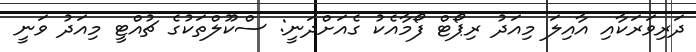
ދަރިވަރަކާއި އާއިލަ މިއަދު ރިޕޯޓް ފޯމާއެކު ގެއަށްދަނީ: ސްކޫލްތަކުގެ ޗުއްޓީ މިއަދު ވަނީ